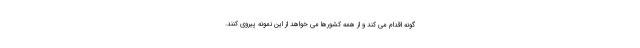
گونه اقدام می کند و از همه کشورها می خواهد از این نمونه پیروی کنند.